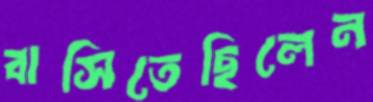
বাসিতেছিলেন